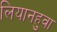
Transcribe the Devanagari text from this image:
लियानहुवा